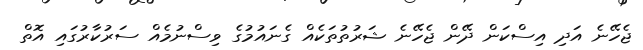
ޖެހޭނެ އަދި އިސްކަން ދޭން ޖެހޭނެ ޝަރުތުތަކެއް ގެނައުމުގެ ވިސްނުމެއް ސަރުކާރުގައި އޮތް